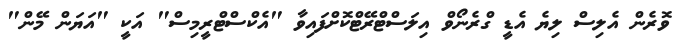
ވޮރެން އެލިސް ލިޔެ އެޑީ ގްރެނޯވް އިލަސްޓްރޭޓްކޮށްފައިވާ "އެކްސްޓްރީމިސް" އަކީ "އަޔަން މޭން"